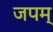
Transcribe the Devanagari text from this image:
जपम्